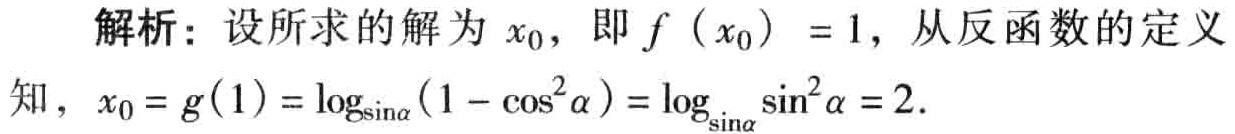
解析：设所求的解为 \(x_{0}\)，即 \(f\left(x_{0}\right)=1\)，从反函数的定义
知，\(x_{0}=g(1)=\log_{\sin\alpha}(1 - \cos^{2}\alpha)=\log_{\sin\alpha}\sin^{2}\alpha = 2\).